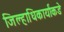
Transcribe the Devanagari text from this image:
जिल्हाधिकार्यांकडे